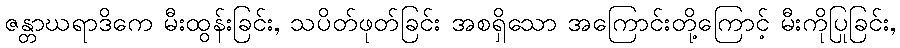
ဇန္တာဃရာဒိကေ မီးထွန်းခြင်း, သပိတ်ဖုတ်ခြင်း အစရှိသော အကြောင်းတို့ကြောင့် မီးကိုပြုခြင်း,